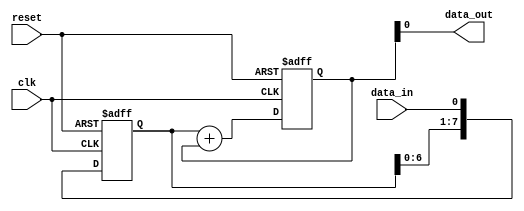
module Shift_Add_Register (
    input wire clk,
    input wire reset,
    input wire data_in,
    output reg data_out
);

reg [7:0] shift_reg;
reg [7:0] add_reg;

always @(posedge clk or posedge reset) begin
    if (reset) begin
        shift_reg <= 8'b0;
        add_reg <= 8'b0;
    end else begin
        shift_reg <= {shift_reg[6:0], data_in};
        add_reg <= shift_reg + add_reg;
    end
end

assign data_out = add_reg;

endmodule